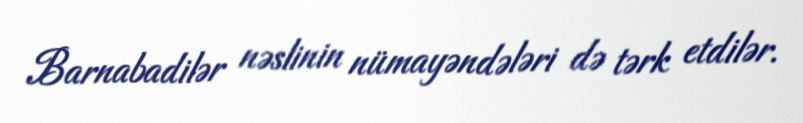
Barnabadilər nəslinin nümayəndələri də tərk etdilər.